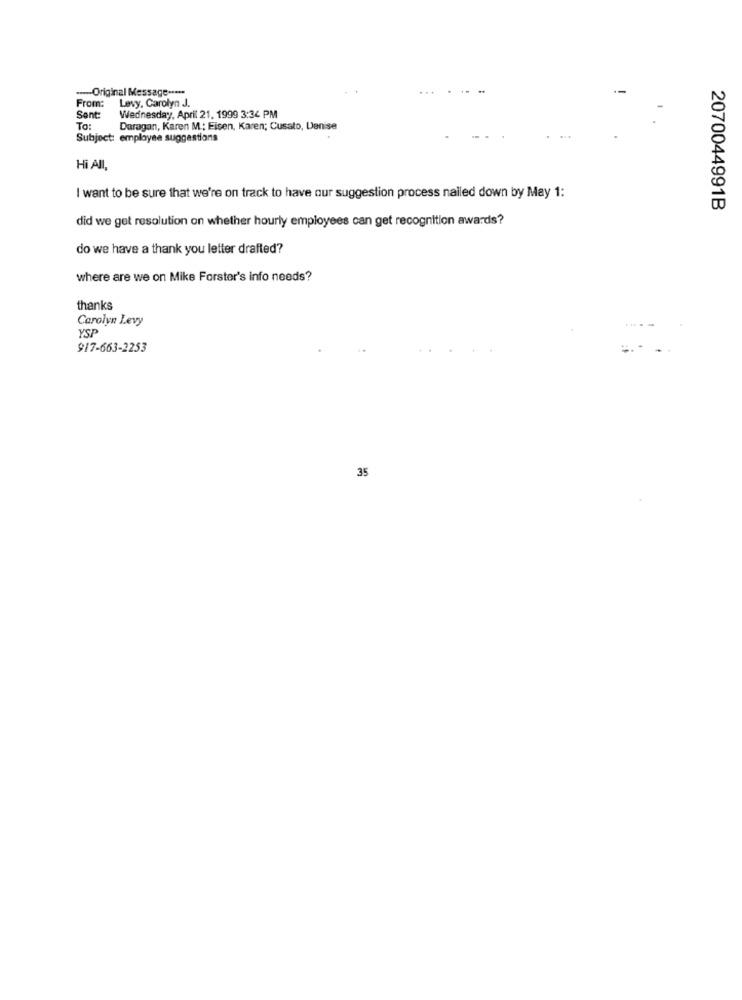
-- Original Message -....
From: Levy, Carolyn J.
Sent:
Wednesday, April 21, 1999 3:34 PM
To:
Daragan, Karen M .: Eisen, Karen; Cusato, Denise
Subject: employee suggestions
Hi All,
I want to be sure that we're on track to have our suggestion process nailed down by May 1:
2070044991B
did we get resolution on whether hourly employees can get recognition awards?
do we have a thank you letter drafted?
where are we on Mike Forster's info needs?
thanks
Carolyn Levy
YSP
917-663-2253
35